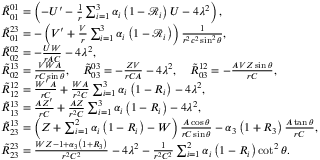
\begin{array} { r l } & { \tilde { R } _ { 0 1 } ^ { 0 1 } = \left( - U ^ { \prime } - \frac { 1 } { r } \sum _ { i = 1 } ^ { 3 } \alpha _ { i } \left( 1 - \mathcal { R } _ { i } \right) U - 4 \lambda ^ { 2 } \right) , } \\ & { \tilde { R } _ { 0 1 } ^ { 2 3 } = - \left( V ^ { \prime } + \frac { V } { r } \sum _ { i = 1 } ^ { 3 } \alpha _ { i } \left( 1 - \mathcal { R } _ { i } \right) \right) \frac { 1 } { r ^ { 2 } c ^ { 2 } \sin ^ { 2 } \theta } , } \\ & { \tilde { R } _ { 0 2 } ^ { 0 2 } = - \frac { U W } { r A C } - 4 \lambda ^ { 2 } , } \\ & { \tilde { R } _ { 0 2 } ^ { 1 3 } = \frac { V W A } { r C \sin \theta } , \quad \tilde { R } _ { 0 3 } ^ { 0 3 } = - \frac { Z V } { r C A } - 4 \lambda ^ { 2 } , \quad \tilde { R } _ { 0 3 } ^ { 1 2 } = - \frac { A V Z \sin \theta } { r C } , } \\ & { \tilde { R } _ { 1 2 } ^ { 1 2 } = \frac { W ^ { \prime } A } { r C } + \frac { W A } { r ^ { 2 } C } \sum _ { i = 1 } ^ { 3 } \alpha _ { i } \left( 1 - R _ { i } \right) - 4 \lambda ^ { 2 } , } \\ & { \tilde { R } _ { 1 3 } ^ { 1 3 } = \frac { A Z ^ { \prime } } { r C } + \frac { A Z } { r ^ { 2 } C } \sum _ { i = 1 } ^ { 3 } \alpha _ { i } \left( 1 - R _ { i } \right) - 4 \lambda ^ { 2 } , } \\ & { \tilde { R } _ { 2 3 } ^ { 1 3 } = \left( Z + \sum _ { i = 1 } ^ { 2 } \alpha _ { i } \left( 1 - R _ { i } \right) - W \right) \frac { A \cos \theta } { r C \sin \theta } - \alpha _ { 3 } \left( 1 + R _ { 3 } \right) \frac { A \tan \theta } { r C } , } \\ & { \tilde { R } _ { 2 3 } ^ { 2 3 } = \frac { W Z - 1 + \alpha _ { 3 } \left( 1 + R _ { 3 } \right) } { r ^ { 2 } C ^ { 2 } } - 4 \lambda ^ { 2 } - \frac { 1 } { r ^ { 2 } C ^ { 2 } } \sum _ { i = 1 } ^ { 2 } \alpha _ { i } \left( 1 - R _ { i } \right) \cot ^ { 2 } \theta . } \end{array}